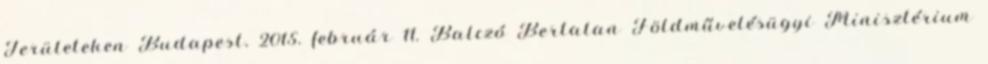
Területeken Budapest, 2015. február 11. Balczó Bertalan Földművelésügyi Minisztérium